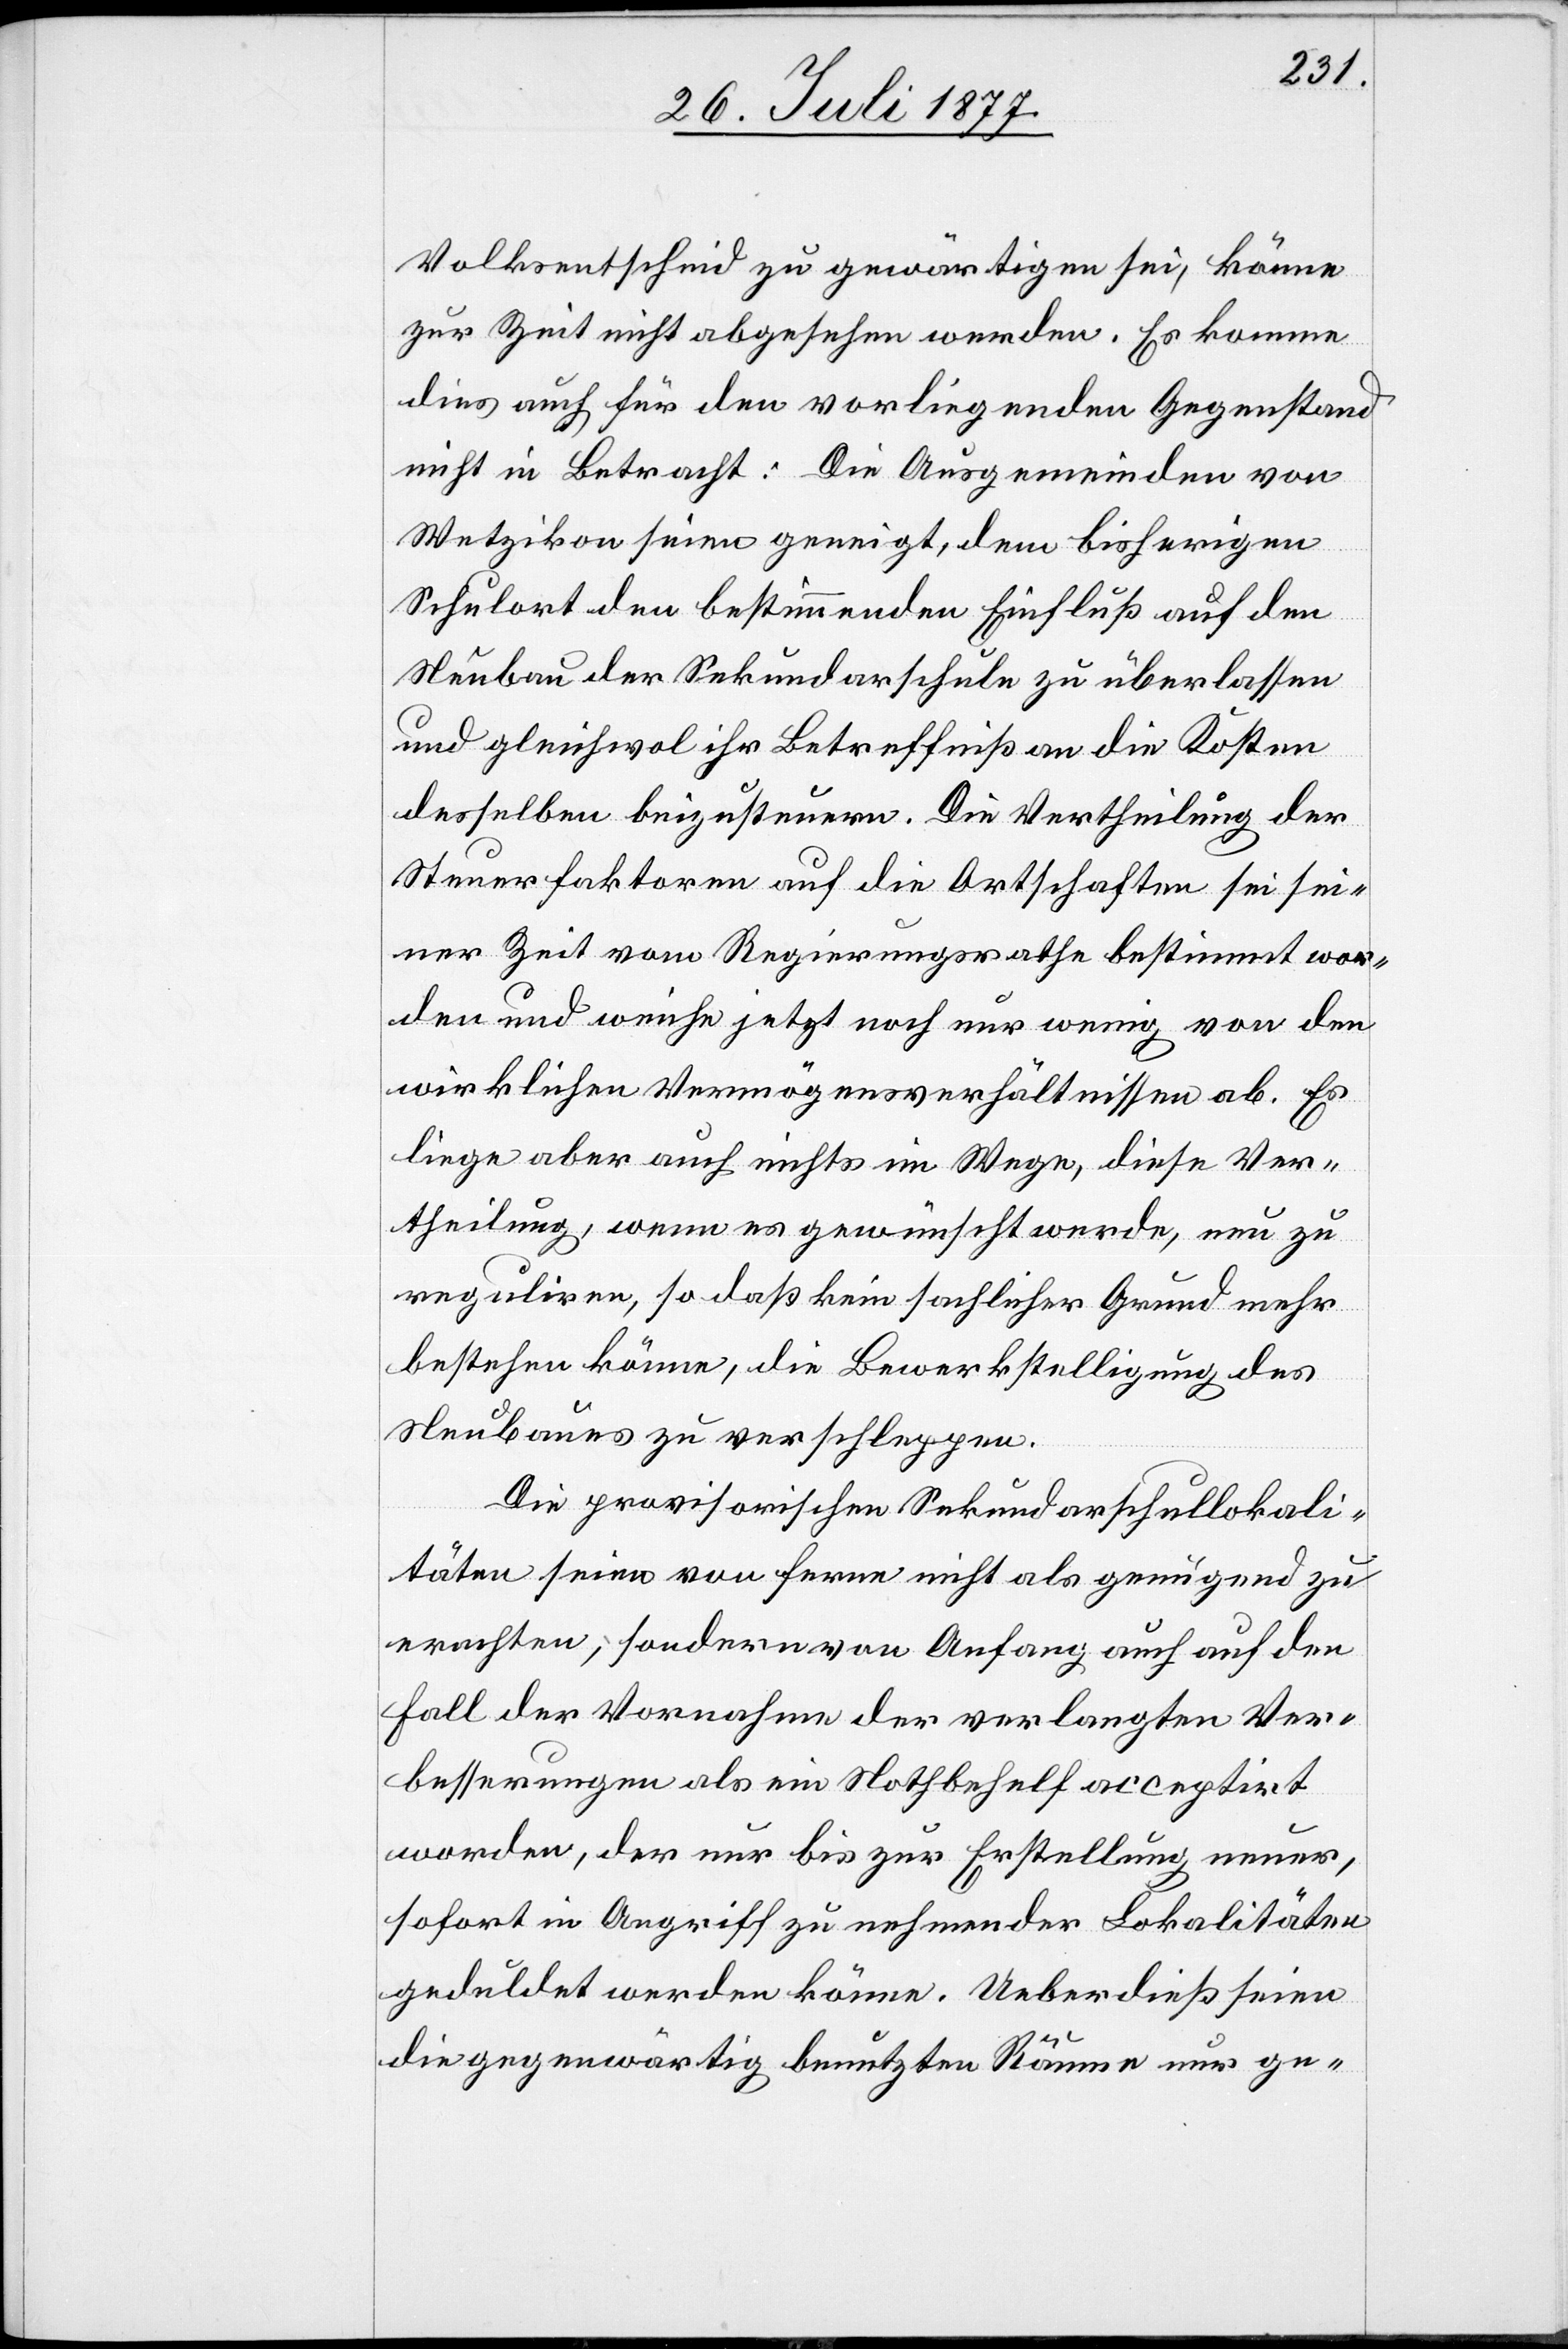
Volksentscheid zu gewärtigen sei, könne
zur Zeit nicht abgesehen werden. Es komme
dies auch für den vorliegenden Gegenstand
nicht in Betracht: Die Ausgemeinden von
Wetzikon seien geneigt, dem bisherigen
Schulort den bestimmenden Einfluß auf den
Neubau der Sekundarschule zu überlassen
und gleichwol ihr Betreffniß an die Kosten
desselben beizusteuern. Die Vertheilung der
Steuerfaktoren auf die Ortschaften sei sei¬
ner Zeit vom Regierungsrathe bestimmt wor¬
den und weiche jetzt noch nur wenig von den
wirklichen Vermögensverhältnissen ab. Es
liege aber auch nichts im Wege, diese Ver¬
theilung, wenn es gewünscht werde, neu zu
reguliren, so daß kein sachlicher Grund mehr
bestehen könne, die Bewerkstelligung des
Neubaues zu verschleppen.
Die provisorischen Sekundarschullokali¬
täten seien von ferne nicht als genügend zu
erachten, sondern von Anfang auch auf den
Fall der Vornahme der verlangten Ver¬
besserungen als ein Nothbehelf acceptirt
worden, der nur bis zur Erstellung neuer,
sofort in Angriff zu nehmender Lokalitäten
geduldet werden könne. Ueberdieß seien
die gegenwärtig benutzten Räume nur ge-